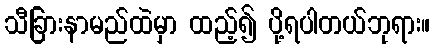
သီခြားနာမည်ထဲမှာ ထည့်၍ ပို့ရပါတယ်ဘုရား။